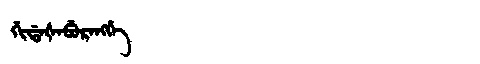
Manchu: ᡤᡳᡩᠠᡧᠠᠪᡠᡵᠠᠩᡤᡝ
Romanization: GIDAŠABURANGGE